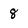
Character: 8